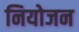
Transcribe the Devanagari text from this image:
नियोजन